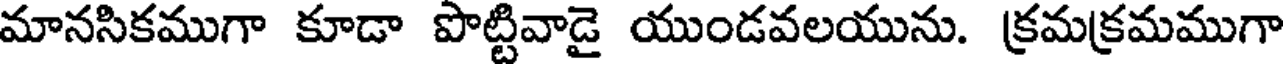
మానసికముగా కూడా పొట్టివాడై యుండవలయును. క్రమక్రమముగా